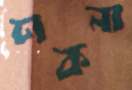
ঢাকনা